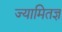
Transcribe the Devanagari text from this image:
ज्यामितज्ञ